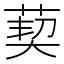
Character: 葜